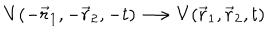
V ( - \vec { r } _ { 1 } , - \vec { r } _ { 2 } , - t ) \longrightarrow V ( \vec { r } _ { 1 } , \vec { r } _ { 2 } , t )